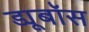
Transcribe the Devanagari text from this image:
ड्यूबॉस